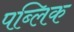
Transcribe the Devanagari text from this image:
पब्‍लिक